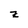
Character: z